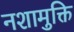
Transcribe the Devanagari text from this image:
नशामुक्ति